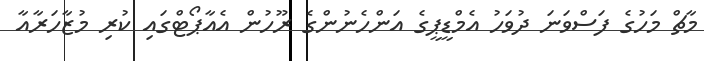
މާޗް މަހުގެ ފަސްވަނަ ދުވަހު އެމްޑީޕީގެ އަންހެނުންގެ ރޫހުން އެއާޕޯޓްގައި ކުރި މުޒާހަރާއާ